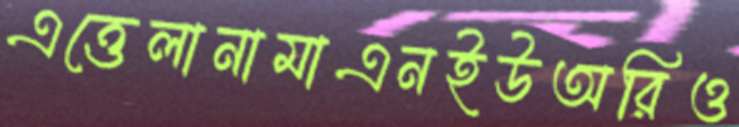
এত্তেলানামাএনইউঅরিও